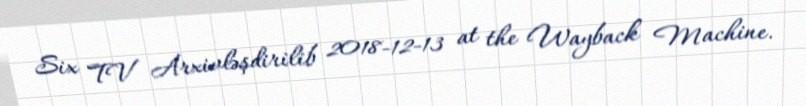
Six TV Arxivləşdirilib 2018-12-13 at the Wayback Machine.